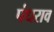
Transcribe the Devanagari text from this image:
पंधराव